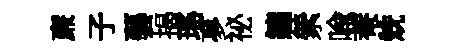
亷子藝揭瑤夣祕鑣縈喩菴兟